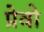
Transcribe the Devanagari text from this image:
प्रेवो